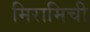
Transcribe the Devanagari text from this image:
मिरामिची